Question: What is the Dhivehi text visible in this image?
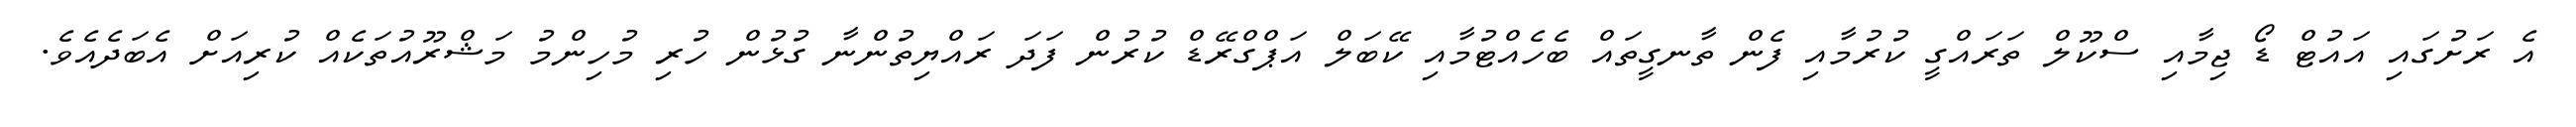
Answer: އެ ރަށުގައި އައުޓް ޑޯ ޖިމާއި ސްކޫލް ތަރައްގީ ކުރުމާއި ފެން ތާނގީތައް ބެހެއްޓުމާއި ކޭބަލް އަޕްގްރޭޑް ކުރުން ފަދަ ރައްޔިތުންނާ ގުޅުން ހުރި މުހިންމު މަޝްރޫއުތަކެއް ކުރިއަށް އެބަދެއެވެ.